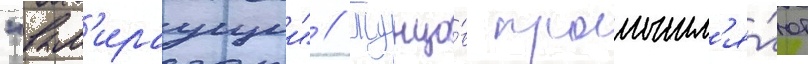
"вым'ираущии" // Тунцо́в промышл'я́ют